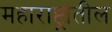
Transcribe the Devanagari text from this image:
महाराष्ट्रांतील